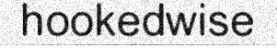
hookedwise